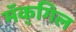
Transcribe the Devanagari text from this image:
मॅक्‌गिल